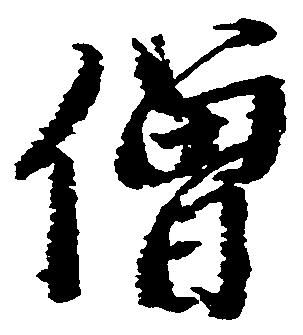
僧